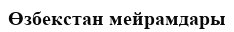
Өзбекстан мейрамдары